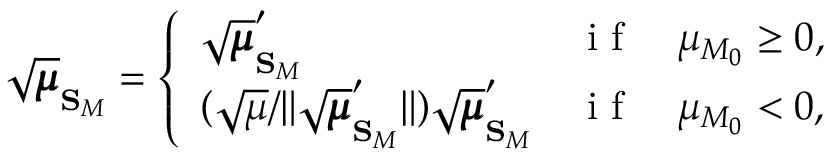
\sqrt { \pmb { \mu } } _ { \mathbf { S } _ { M } } = \left\{ \begin{array} { l l } { \sqrt { \pmb { \mu } } _ { \mathbf { S } _ { M } } ^ { \prime } } & { \mathrm { ~ i ~ f ~ } \quad \mu _ { M _ { 0 } } \geq 0 , } \\ { ( \sqrt { \mu } / \lVert \sqrt { \pmb { \mu } } _ { \mathbf { S } _ { M } } ^ { \prime } \rVert ) \sqrt { \pmb { \mu } } _ { \mathbf { S } _ { M } } ^ { \prime } } & { \mathrm { ~ i ~ f ~ } \quad \mu _ { M _ { 0 } } < 0 , } \end{array} \right.